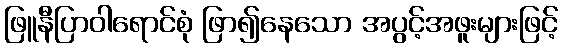
ဖြူနီပြာဝါရောင်စုံ ဖြာ၍နေသော အပွင့်အဖူးများဖြင့်